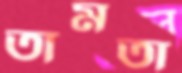
তামতা